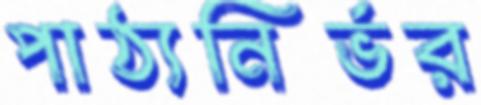
পাঠ্যনির্ভর